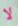
لا